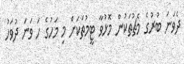
ދެވަނަ ބުރުގެ މެޗުތަކުން މޮޅުވާ ޓީމުތަކަށް މި މަހުގެ ހަ ވަނަ ދުވަހު